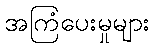
အကြံပေးမှုများ